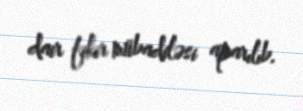
dair fikir mübadiləsi aparılıb.